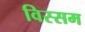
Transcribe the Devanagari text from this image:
विस्सम